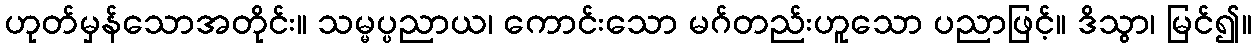
ဟုတ်မှန်သောအတိုင်း။ သမ္မပ္ပညာယ၊ ကောင်းသော မဂ်တည်းဟူသော ပညာဖြင့်။ ဒိသွာ၊ မြင်၍။